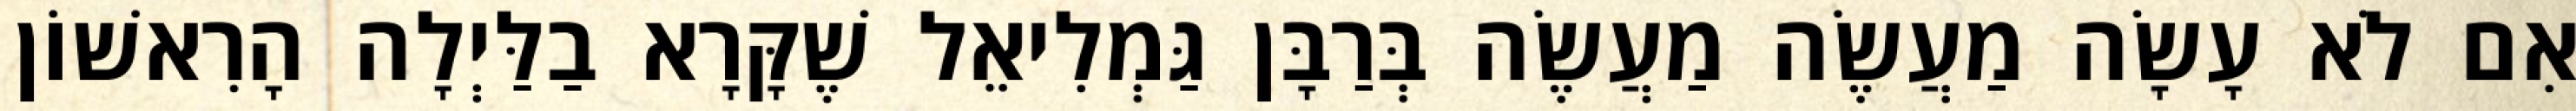
אִם לֹא עָשָׂה מַעֲשֶׂה מַעֲשֶׂה בְּרַבָּן גַּמְלִיאֵל שֶׁקָּרָא בַלַּיְלָה הָרִאשׁוֹן